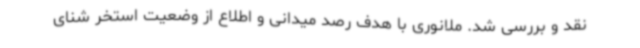
نقد و بررسی شد. ملانوری با هدف رصد میدانی و اطلاع از وضعیت استخر شنای